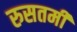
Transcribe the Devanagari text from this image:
रुसतमी